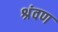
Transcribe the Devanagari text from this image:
श्रंवण